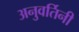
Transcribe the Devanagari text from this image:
अनुवर्तिनी